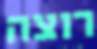
רוצה